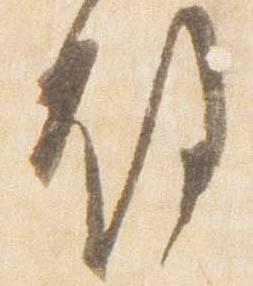
故